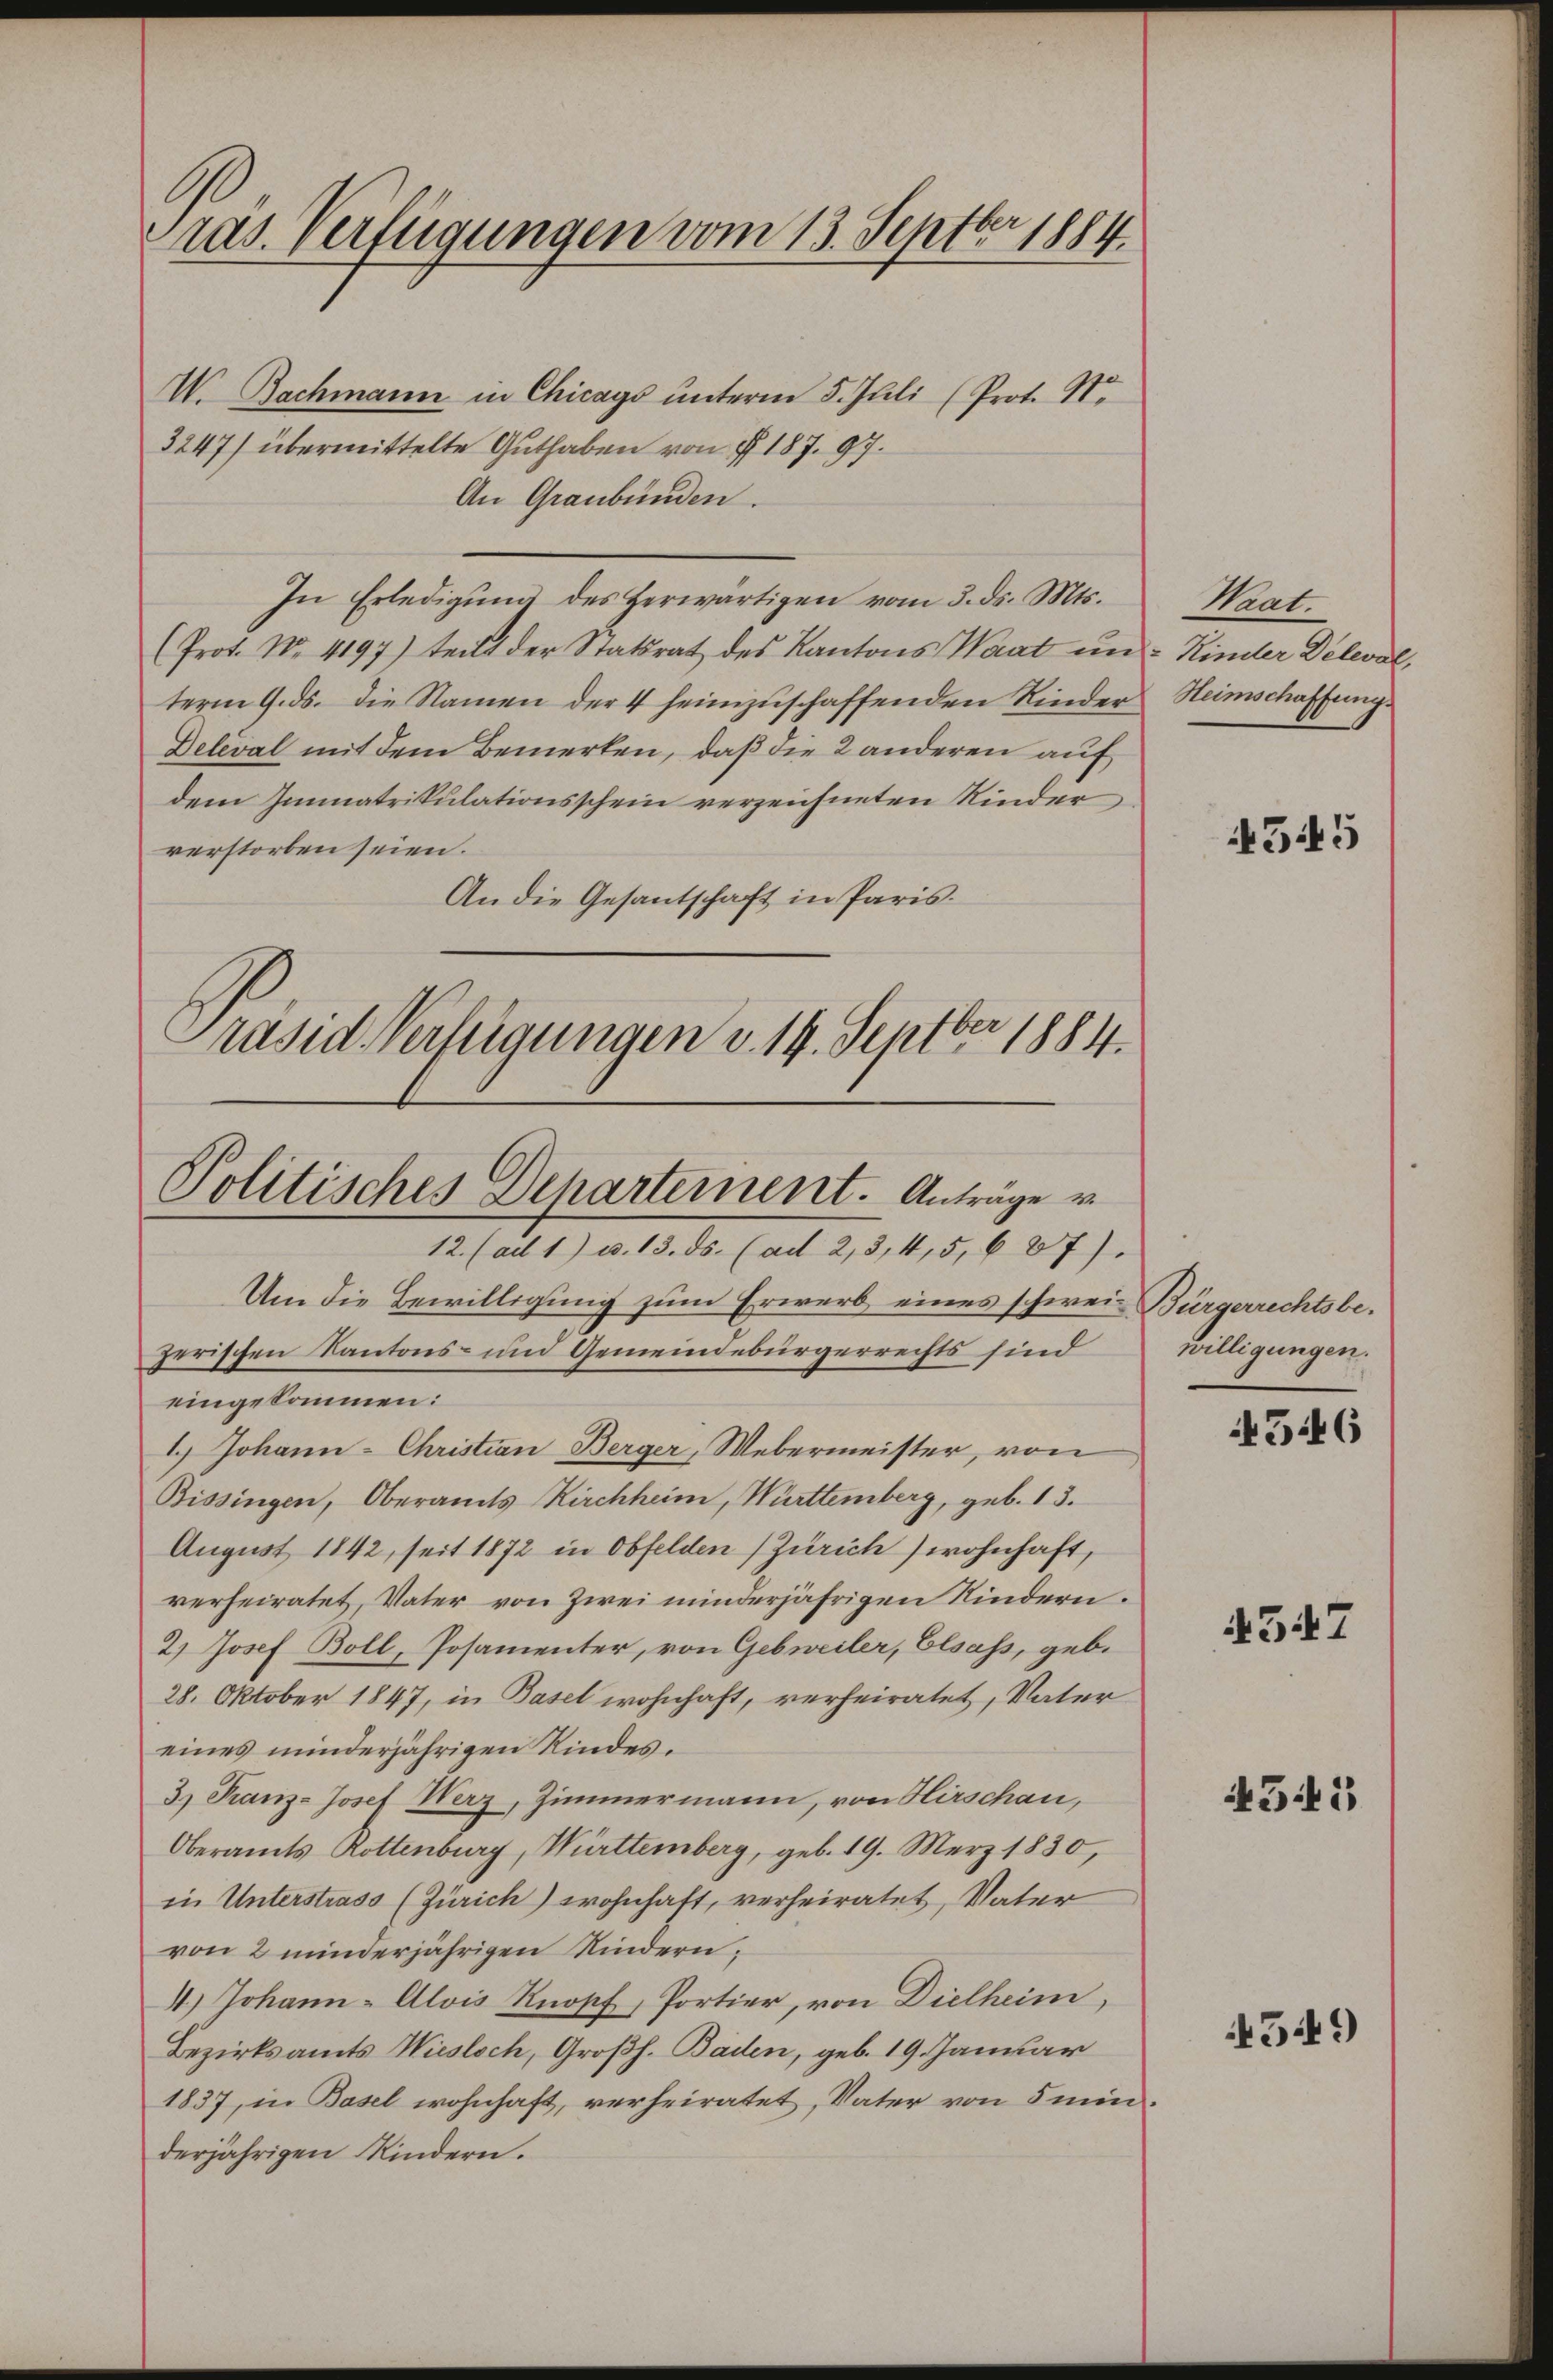
Präs. Verfügungen vom 13. Septbr 1884.

W. Bachmann in Chicago ŭnterm 5. Jŭli (Prot. St.
3247) übermittelte Guthaben von § 187. 97.
An Graubünden.
In Erledigŭng des Herwärtigen vom 3. ds. Mts.
(Prot. No. 4197) teilt der Statsrat des Kantons Waat in Kinder Deleval,
term 9. ds. die Namen der 4 heimzuschaffenden Kinder¬
Deleval mit dem Bemerken, daß die 2 anderen auf
dem Immatrikulationsschein verzeichneten Kinder
verstorben seien.
An die Gesantschaft in Paris.
Präsid. Verfügungen v. 19. Septbr 1884.

Politisches Departement. Anträge v.
12. (ad 1) u. 13. ds. (ad 2, 3, 4, 5, 687).

Um die Bewilligung zum Erwerb eines schwere Bürgerrechtsbezerischen Kantons- und Gemeindebürgerrechts sind
eingekommen:
1.) Johann-Christian Berger, Webermeister, von
Bissingen, Oberamts Kirchheim, Württemberg, geb. 13.
August 1842, seit 1872 in Obfelden (Zürich) wohnhaft,
verheiratet, Vater von Zwei minderjährigen Kindern.
2.) Josef Boll, Posamenter, von Gebwveiler, Elsass, geb.
28. Oktober 1847, in Basel wohnhaft, verheiratet, Vater
eines minderjährigen Kindes¬
3) Franz-Josef Werz, Zimmermann, von Hirschau,
Oberamts Rottenburg, Württemberg, geb. 19. März 1830,
in Unterstrass (Zürich) wohnhaft, verheiratet, Vater
von 2 minderjährigen Kindern,
4.) Johann - Alois Knopf, Portier, von Dielheim,
Bezirksamts Wiesloch, Großh. Baden, geb. 19. Januar
1837, in Basel wohnhaft, verheiratet, Vater von 5 min
derjährigen Kindern.

Waat.
Heimschaffung.

545

willigungen.

546

4547

451

4549